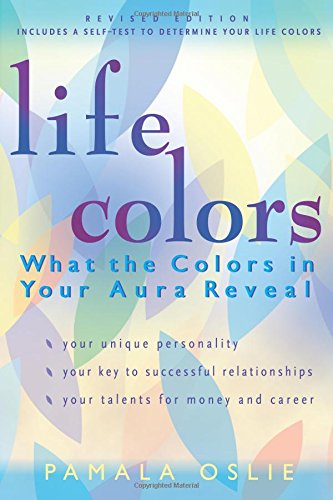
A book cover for Life Colors: What the Colors in Your Aura Reveal; Pamala Oslie; Religion & Spirituality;